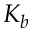
K _ { b }